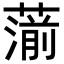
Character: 𦺍